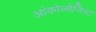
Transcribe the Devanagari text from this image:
आंकोलोजिस्ट